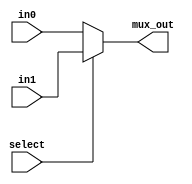
// This program was cloned from: https://github.com/FPGADude/Digital-Design
// License: GNU General Public License v3.0

`timescale 1ns / 1ps

// For 7-segment display clock
// Authored by David J Marion

module mux2x1(
    input [6:0] in0,
    input [6:0] in1,
    input select,
    output [6:0] mux_out
    );
    
    assign mux_out = (select) ? in1 : in0;
    
endmodule